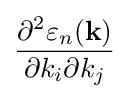
{\frac {\partial ^{2}\varepsilon _{n}(\mathbf {k} )}{\partial k_{i}\partial k_{j}}}